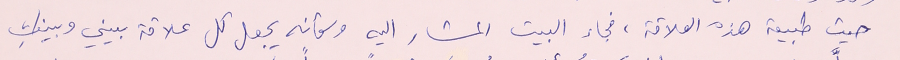
حيث طبيعة هذه العلاقة، فجاء البيت المشار اليه وكأنه يجعل كل علاقة بيني وبينكِ